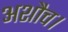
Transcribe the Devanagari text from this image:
अशौच।